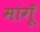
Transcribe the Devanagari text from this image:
मांगूँ